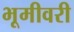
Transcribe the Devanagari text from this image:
भूमीवरी